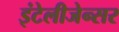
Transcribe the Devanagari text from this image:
इंटेलीजेन्सर